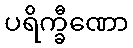
ပရိက္ခီဏော